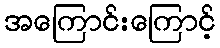
အကြောင်းကြောင့်